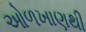
ઓળખાણથી